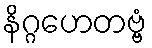
နိဂ္ဂဟေတဗ္ဗံ